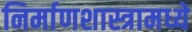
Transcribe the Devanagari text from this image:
निर्माणशास्त्रामध्ये